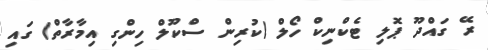
ރޭ ގައްދޫ ޕޮލި ޓެކްނިކް ހޯލް (ކުރިން ސްކޫލް ހިންގި އިމާރާތް) ގައި